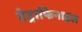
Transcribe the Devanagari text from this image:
टेट्राफिनाइल